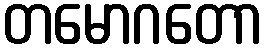
တမောဂတော